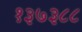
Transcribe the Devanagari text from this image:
१३७३८८